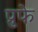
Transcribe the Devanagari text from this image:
प्रुफे